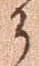
了